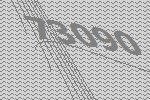
73090